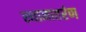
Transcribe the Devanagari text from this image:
स्थानातरंण